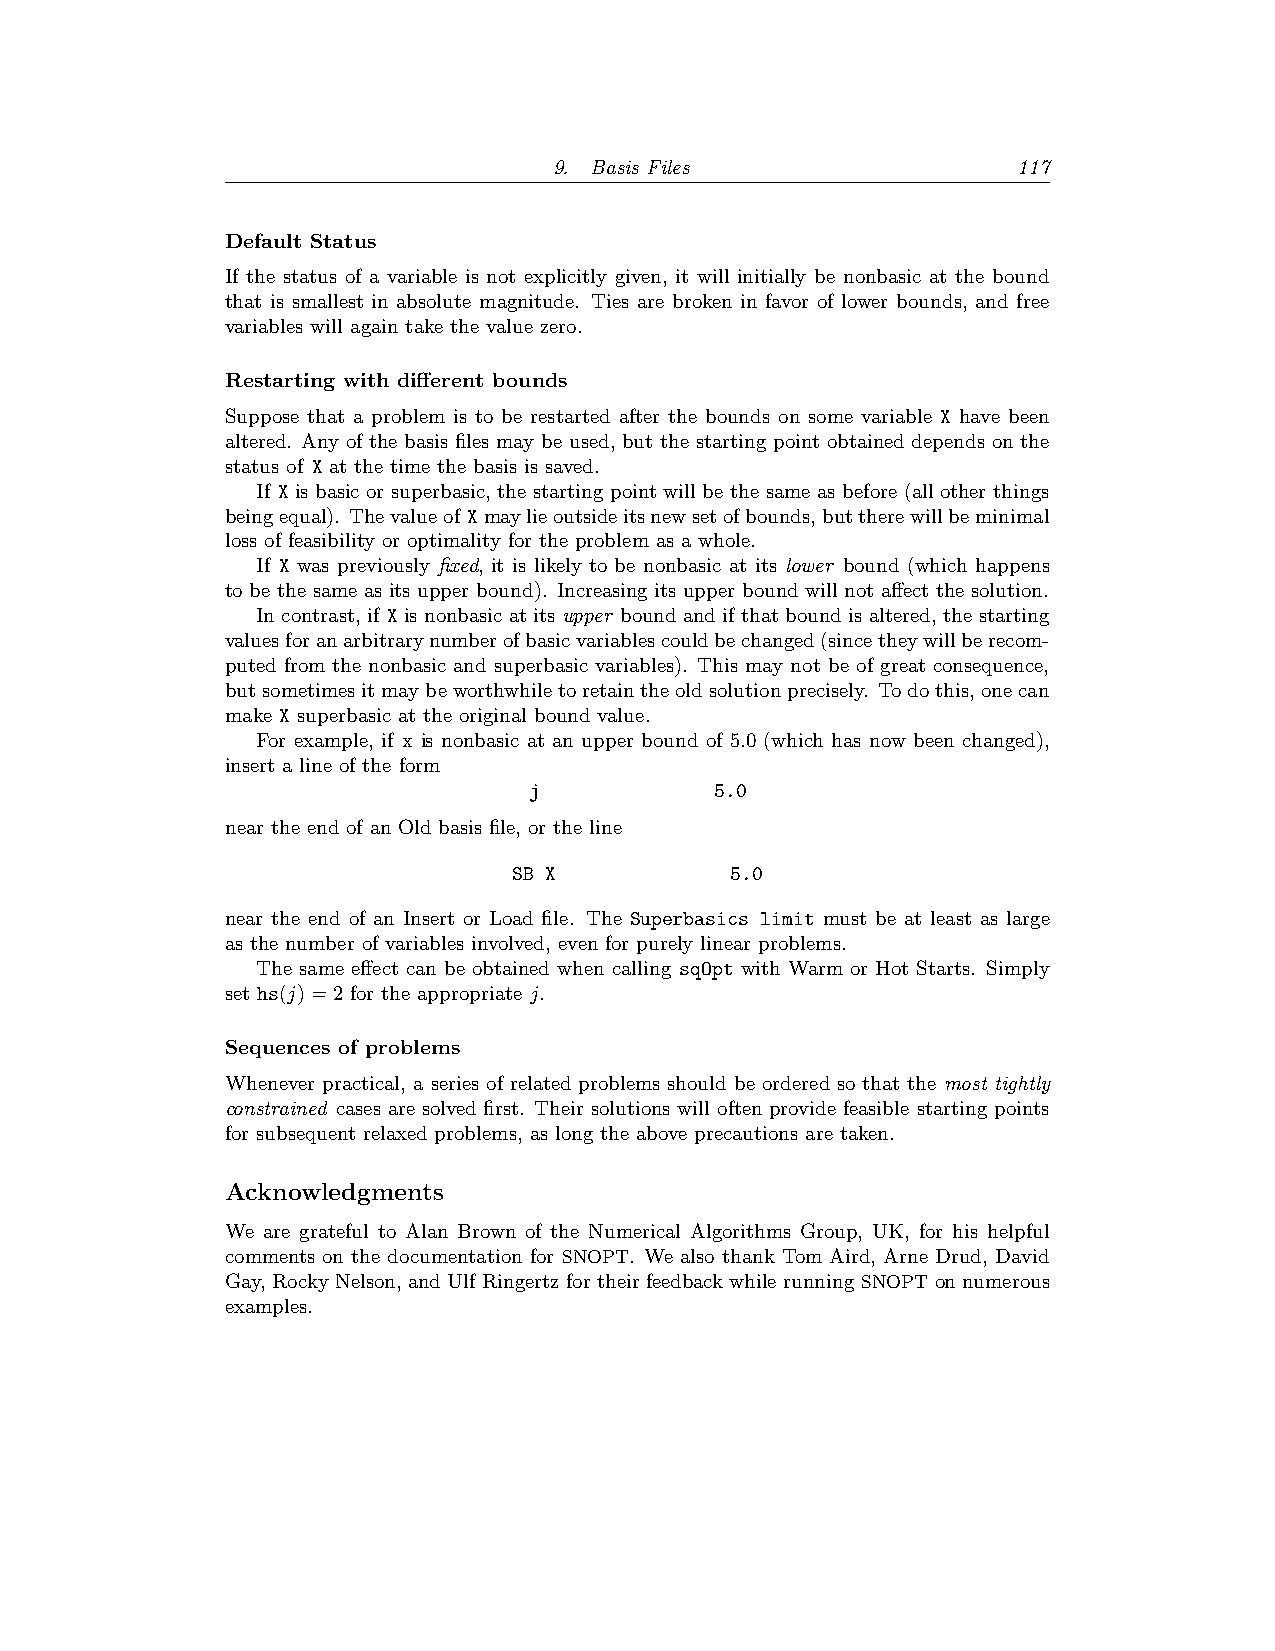
9. Basis Files                117
 Default Status
 If the status of a variable is not explicitly given, it will initially be nonbasic at the bound
 that is smallest in absolute magnitude. Ties are broken in favor of lower bounds, and free
 variables will again take the value zero.
 Restarting with different bounds
 Suppose that a problem is to be restarted after the bounds on some variable X have been
 altered. Any of the basis files may be used, but the starting point obtained depends on the
 status of X at the time the basis is saved.
 If X is basic or superbasic, the starting point will be the same as before (all other things
 beingequal). Thevalueof Xmaylieoutsideitsnewsetofbounds,buttherewillbeminimal
 loss of feasibility or optimality for the problem as a whole.
 If X was previously fixed, it is likely to be nonbasic at its lower bound (which happens
 to be the same as its upper bound). Increasing its upper bound will not affect the solution.
 In contrast, if X is nonbasic at its upper bound and if that bound is altered, the starting
 valuesforanarbitrarynumberofbasicvariablescouldbechanged(sincetheywillberecom-
 puted from the nonbasic and superbasic variables). This may not be of great consequence,
 butsometimesitmaybeworthwhiletoretaintheoldsolutionprecisely. Todothis,onecan
 make X superbasic at the original bound value.
 For example, if x is nonbasic at an upper bound of 5.0 (which has now been changed),
 insert a line of the form
 j           5.0
 near the end of an Old basis file, or the line
 SB X          5.0
 near the end of an Insert or Load file. The Superbasics limit must be at least as large
 as the number of variables involved, even for purely linear problems.
 The same effect can be obtained when calling sqOpt with Warm or Hot Starts. Simply
 set hs(j)=2 for the appropriate j.
 Sequences of problems
 Whenever practical, a series of related problems should be ordered so that the most tightly
 constrained cases are solved first. Their solutions will often provide feasible starting points
 for subsequent relaxed problems, as long the above precautions are taken.
 Acknowledgments
 We are grateful to Alan Brown of the Numerical Algorithms Group, UK, for his helpful
 comments on the documentation for SNOPT. We also thank Tom Aird, Arne Drud, David
 Gay, Rocky Nelson, and Ulf Ringertz for their feedback while running SNOPT on numerous
 examples.